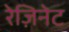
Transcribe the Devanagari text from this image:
रेज़िनेट